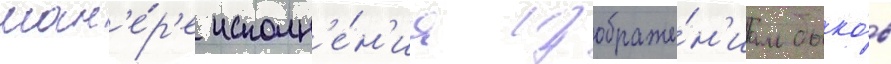
ман'е́р'е исполн'е́н'иа изображе́н'иам быко́в